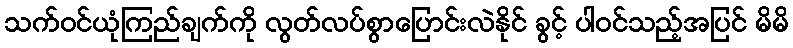
သက်ဝင်ယုံကြည်ချက်ကို လွတ်လပ်စွာပြောင်းလဲနိုင် ခွင့် ပါဝင်သည့်အပြင် မိမိ